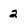
Character: 2